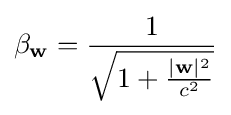
\beta _{\mathbf {w} }={\frac {1}{\sqrt {1+{\frac {|\mathbf {w} |^{2}}{c^{2}}}}}}